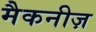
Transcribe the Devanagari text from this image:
मैकनीज़